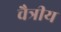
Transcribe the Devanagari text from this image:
चैत्रीय